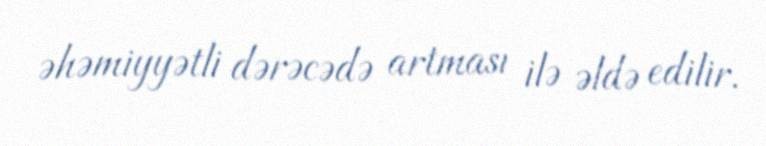
əhəmiyyətli dərəcədə artması ilə əldə edilir.